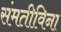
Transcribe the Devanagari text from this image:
संमतीविना